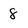
Character: 8